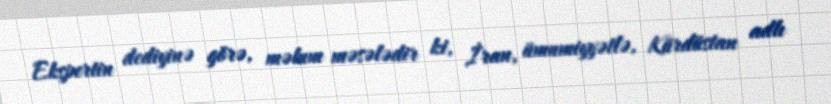
Ekspertin dediyinə görə, məlum məsələdir ki, İran, ümumiyyətlə, Kürdüstan adlı